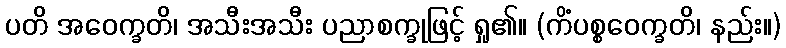
ပတိ အဝေက္ခတိ၊ အသီးအသီး ပညာစက္ခုဖြင့် ရှု၏။ (ကိံပစ္စဝေက္ခတိ၊ နည်း။)